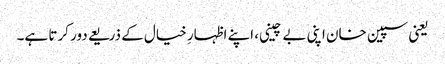
یعنی سپین خان اپنی بے چینی، اپنے اظہارِ خیال کے ذریعے دور کرتا ہے۔